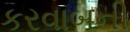
કરવાબની